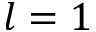
l = 1